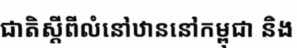
ជាតិស្តីពីលំនៅឋាននៅកម្ពុជា និង